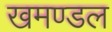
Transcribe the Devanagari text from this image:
खमण्डल